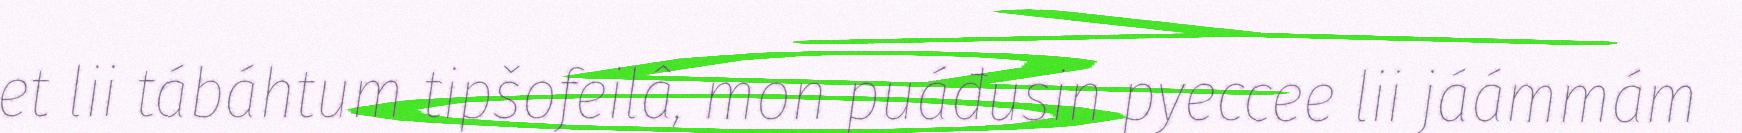
et lii tábáhtum tipšofeilâ, mon puáđusin pyeccee lii jáámmám